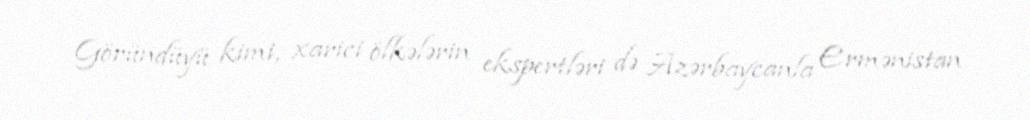
Göründüyü kimi, xarici ölkələrin ekspertləri də Azərbaycanla Ermənistan